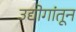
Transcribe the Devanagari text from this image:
उद्योगांतून